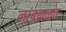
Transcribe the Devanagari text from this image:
लांबकळत